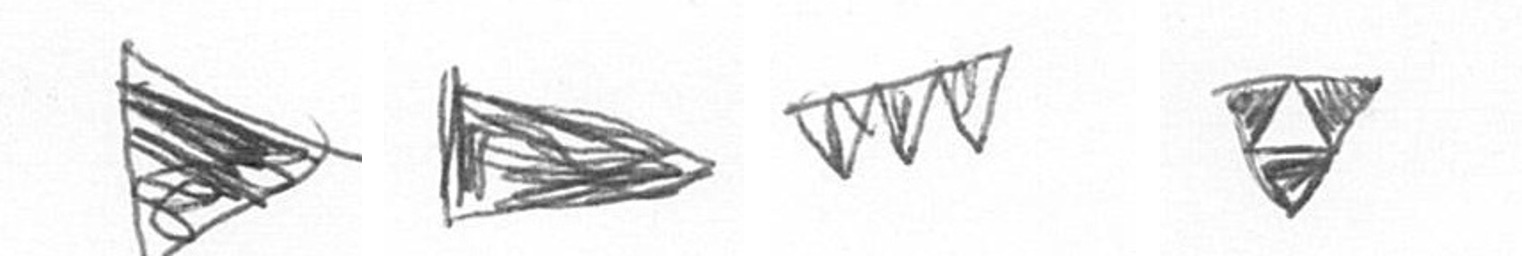
T T L S